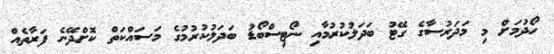
ހޯދުމަށް މި މަދަރުސާގެ ގޭޓު ބަދަލުކުރުމާއި ނޯޓިސްބޯޑު ބަދަލުކުރުމުގެ މަސައްކަތް ކޮށްދޭނެ ފަރާތެއް